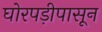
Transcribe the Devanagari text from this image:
घोरपड़ीपासून